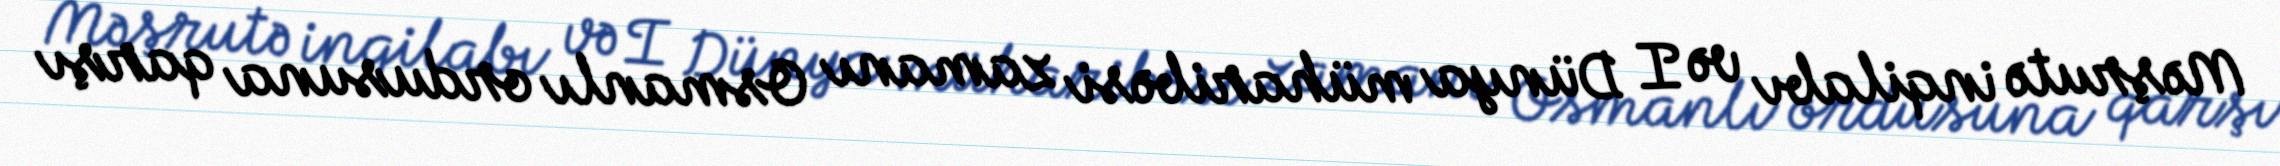
Məşrutə inqilabı və I Dünya müharibəsi zamanı Osmanlı ordusuna qarşı